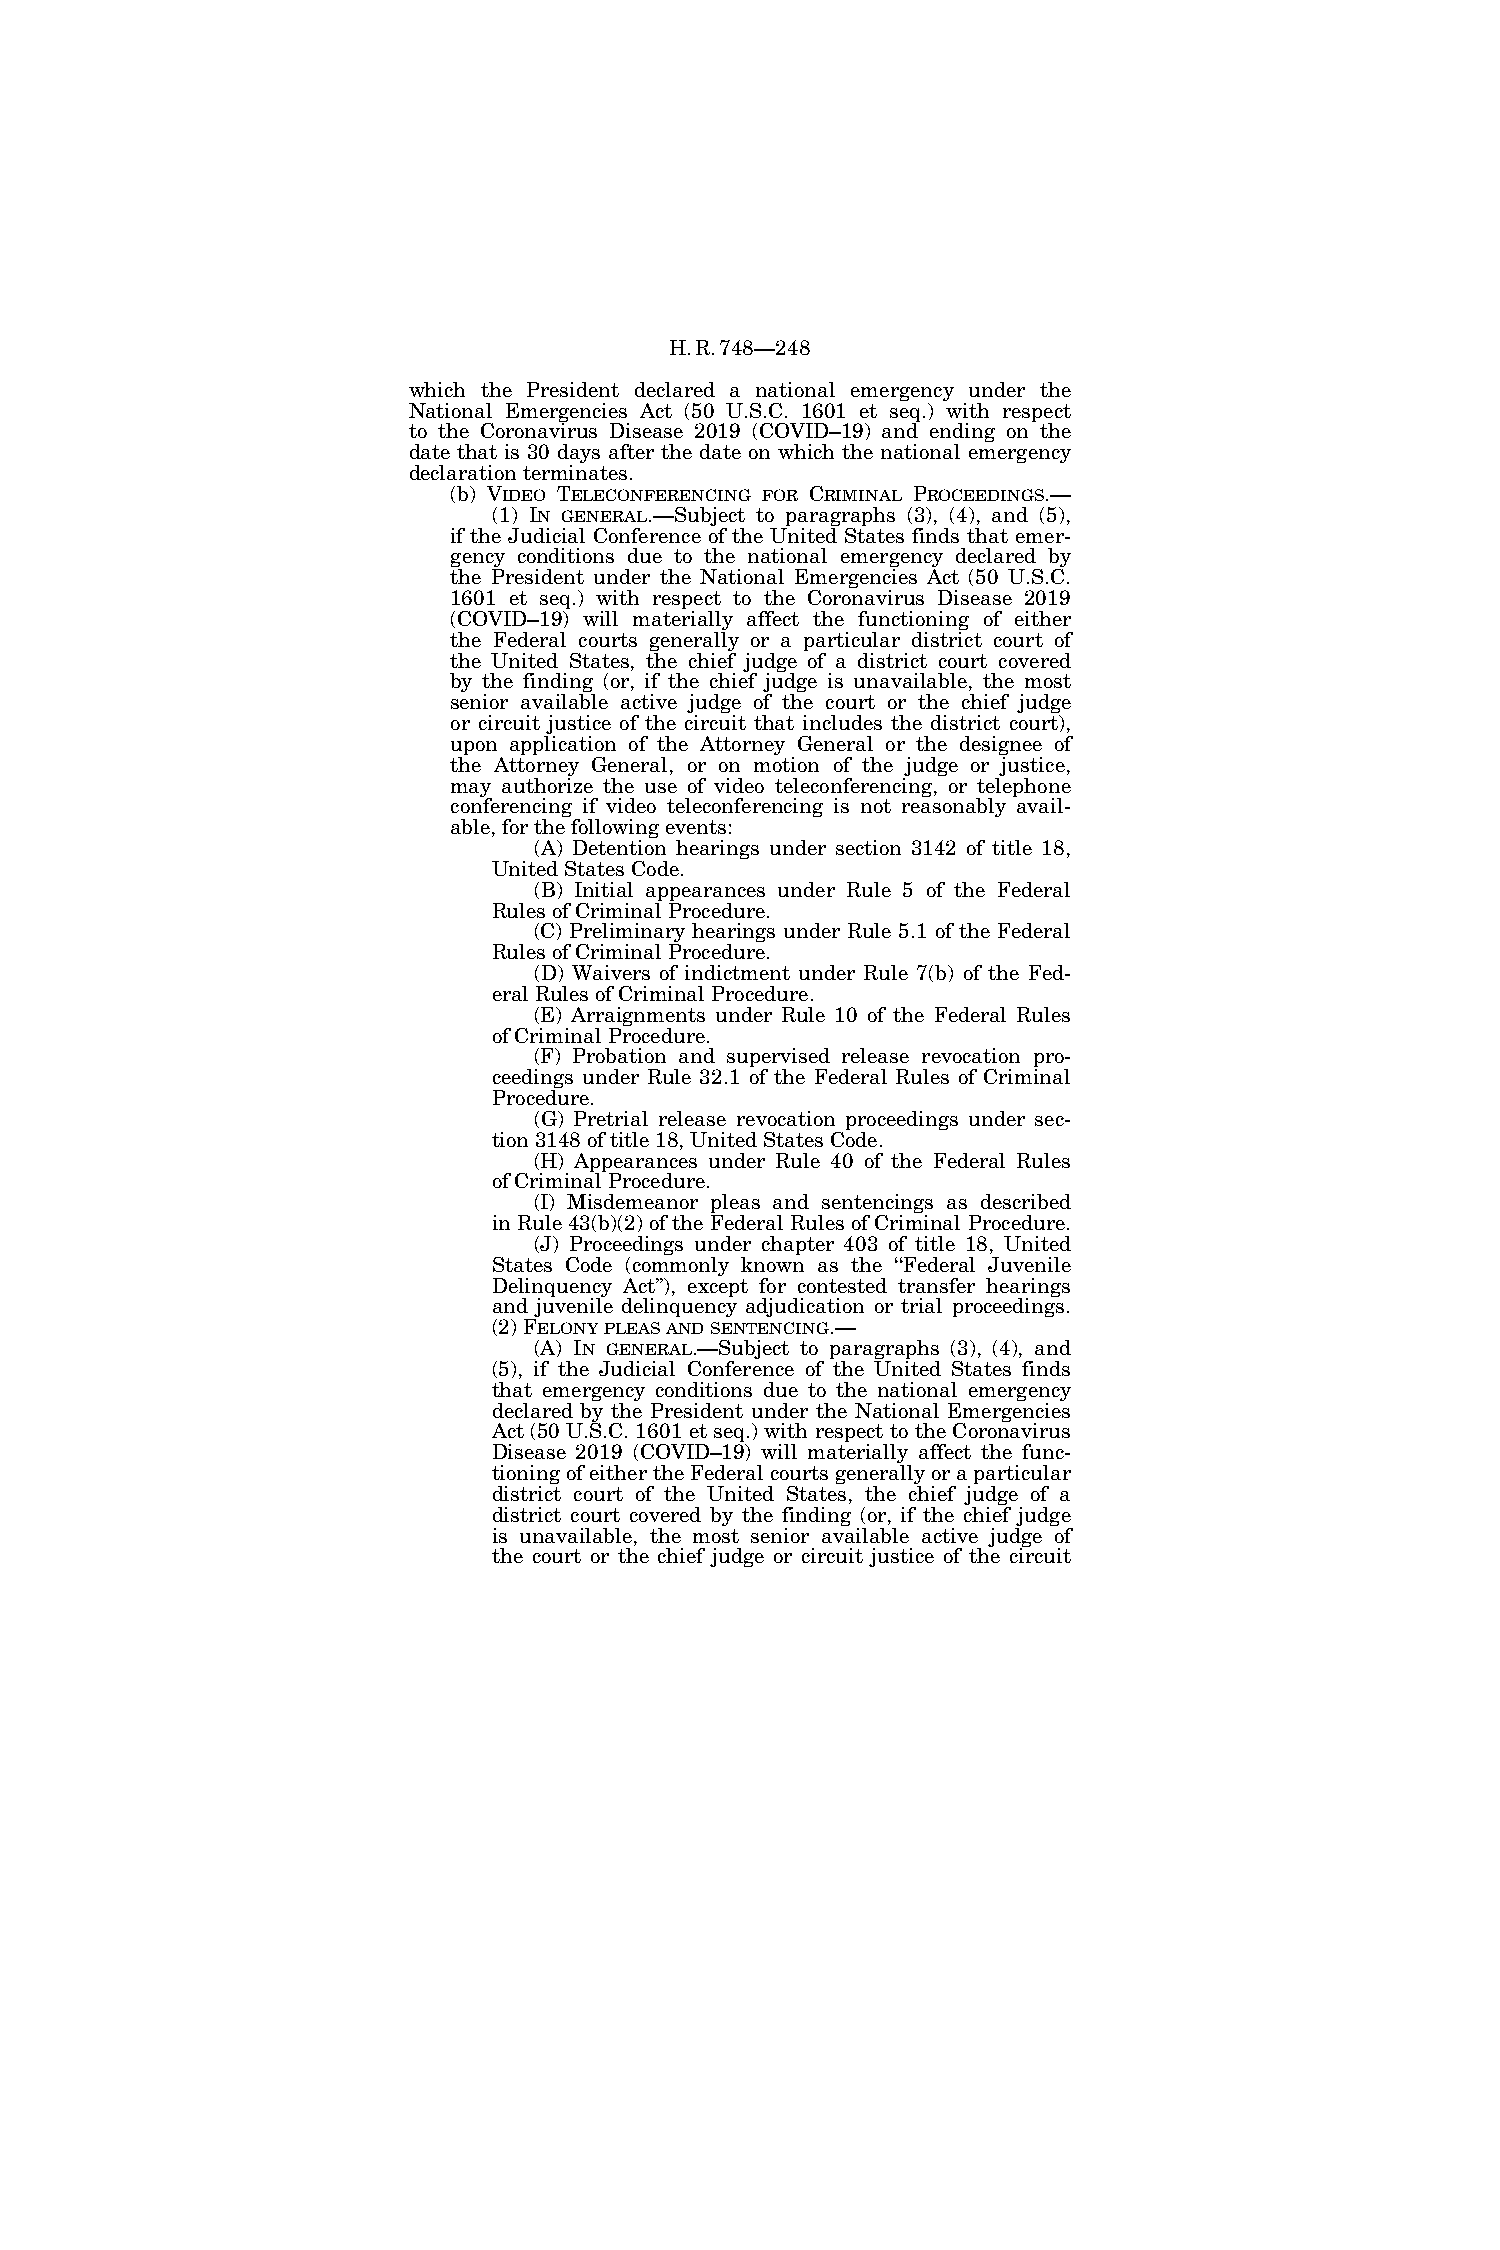
H.R.748—248
 which the President declared a national emergency under the
 National Emergencies Act (50 U.S.C. 1601 et seq.) with respect
 to the Coronavirus Disease 2019 (COVID–19) and ending on the
 date that is 30 days after the date on which the national emergency
 declaration terminates.
 (b) VIDEO TELECONFERENCING FOR CRIMINAL PROCEEDINGS.—
 (1) IN GENERAL.—Subject to paragraphs (3), (4), and (5),
 if the Judicial Conference of the United States finds that emer-
 gency conditions due to the national emergency declared by
 the President under the National Emergencies Act (50 U.S.C.
 1601 et seq.) with respect to the Coronavirus Disease 2019
 (COVID–19) will materially affect the functioning of either
 the Federal courts generally or a particular district court of
 the United States, the chief judge of a district court covered
 by the finding (or, if the chief judge is unavailable, the most
 senior available active judge of the court or the chief judge
 or circuit justice of the circuit that includes the district court),
 upon application of the Attorney General or the designee of
 the Attorney General, or on motion of the judge or justice,
 may authorize the use of video teleconferencing, or telephone
 conferencing if video teleconferencing is not reasonably avail-
 able, for the following events:
 (A) Detention hearings under section 3142 of title 18,
 United States Code.
 (B) Initial appearances under Rule 5 of the Federal
 Rules of Criminal Procedure.
 (C) Preliminary hearings under Rule 5.1 of the Federal
 Rules of Criminal Procedure.
 (D) Waivers of indictment under Rule 7(b) of the Fed-
 eral Rules of Criminal Procedure.
 (E) Arraignments under Rule 10 of the Federal Rules
 of Criminal Procedure.
 (F) Probation and supervised release revocation pro-
 ceedings under Rule 32.1 of the Federal Rules of Criminal
 Procedure.
 (G) Pretrial release revocation proceedings under sec-
 tion 3148 of title 18, United States Code.
 (H) Appearances under Rule 40 of the Federal Rules
 of Criminal Procedure.
 (I) Misdemeanor pleas and sentencings as described
 in Rule 43(b)(2) of the Federal Rules of Criminal Procedure.
 (J) Proceedings under chapter 403 of title 18, United
 States Code (commonly known as the ‘‘Federal Juvenile
 Delinquency Act’’), except for contested transfer hearings
 and juvenile delinquency adjudication or trial proceedings.
 (2) FELONYPLEASANDSENTENCING.—
 (A) IN GENERAL.—Subject to paragraphs (3), (4), and
 (5), if the Judicial Conference of the United States finds
 that emergency conditions due to the national emergency
 declared by the President under the National Emergencies
 Act (50 U.S.C. 1601 et seq.) with respect to the Coronavirus
 Disease 2019 (COVID–19) will materially affect the func-
 tioning of either the Federal courts generally or a particular
 district court of the United States, the chief judge of a
 district court covered by the finding (or, if the chief judge
 is unavailable, the most senior available active judge of
 the court or the chief judge or circuit justice of the circuit